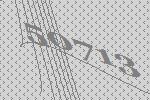
50713